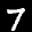
Label: 7